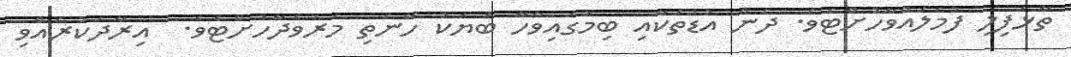
ތާޅަފިލި ފުމެލައްވާހުށްޓެވެ. ދެން އުޑުތަކާއި ބިމުގައިވާހާ ބަޔަކު ހޭނެތި މަރުވެދާހުށްޓެވެ.  އިރާދަކުރެއްވި